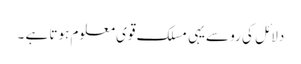
دلائل کی رو سےیہی مسلک قوی معلوم ہوتا ہے ۔